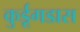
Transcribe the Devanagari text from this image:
कुर्डूगडास